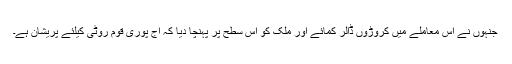
جنہوں نے اس معاملے میں کروڑوں ڈالر کمائے اور ملک کو اس سطح پر پہنچا دیا کہ آج پوری قوم روٹی کیلئے پریشان ہے۔